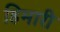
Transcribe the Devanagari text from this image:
हिमारी